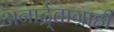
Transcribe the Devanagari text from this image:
अनार्द्र्ताग्राही